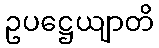
ဥပဋ္ဌေယျာတိ